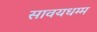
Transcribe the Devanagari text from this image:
सावयधम्म